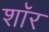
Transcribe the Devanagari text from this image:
शाॅर